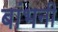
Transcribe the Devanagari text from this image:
बांभनी